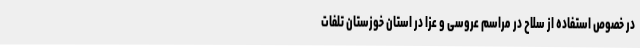
در خصوص استفاده از سلاح در مراسم عروسی و عزا در استان خوزستان تلفات